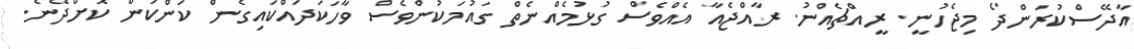
އާދޭސްކުރަންދޯ މިޖެހުނީ. ރީއްޗެއްނު. ރާއްޖެއާ އެއްވެސް ގުޅުމެއްނެތް ގައުމަކުންވެސް ވާހަކަދައްކައިގެން ކަންކަން ކޮށްދޭނެ.